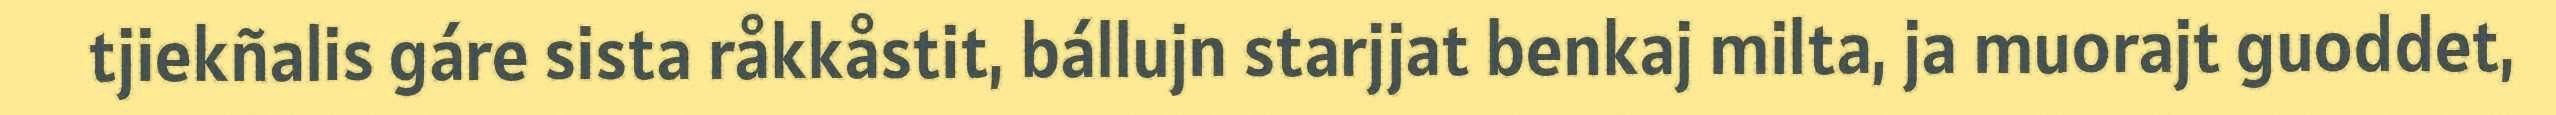
tjiekñalis gáre sista råkkåstit, bállujn starjjat benkaj milta, ja muorajt guoddet,